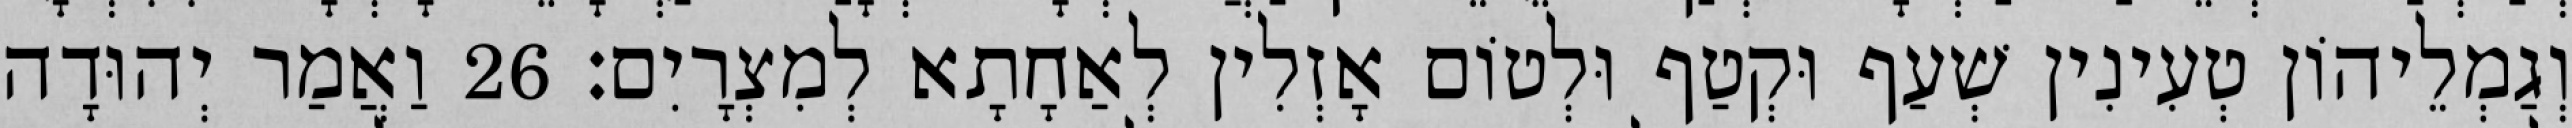
וְגַמְלֵיהוֹן טְעִינִין שְׁעַף וּקְטַף וּלְטוֹם אָזְלִין לְאַחָתָא לְמִצְרָיִם׃ 26 וַאֲמַר יְהוּדָה